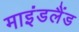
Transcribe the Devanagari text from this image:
माइंडलैंड